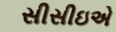
સીસીઇએ